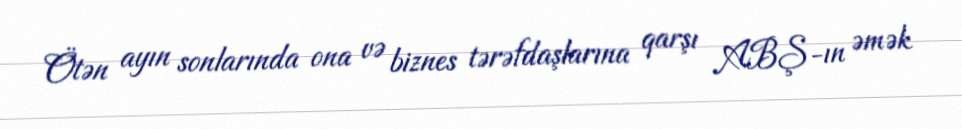
Ötən ayın sonlarında ona və biznes tərəfdaşlarına qarşı ABŞ-ın əmək